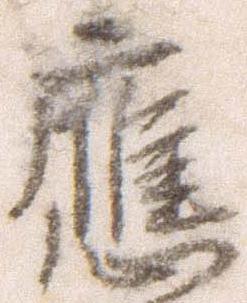
応